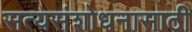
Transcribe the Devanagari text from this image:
सत्यसंशोधनासाठी